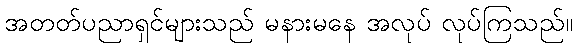
အတတ်ပညာရှင်များသည် မနားမနေ အလုပ် လုပ်ကြသည်။